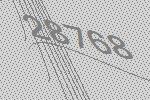
28768